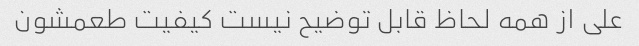
علی از همه لحاظ قابل توضیح نیست کیفیت طعمشون